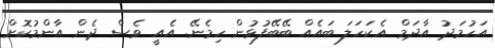
އަހުމަދު އާދަމް އެކަހަލަ ބައެއް ބޭބޭފުޅުން ހިމެނޭ. އެއީ ވެސް ދެން އާންމުކޮށް